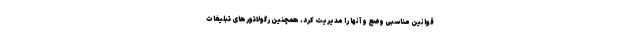
قوانین مناسبی وضع و آنها را مدیریت کرد. همچنین رگولاتورهای تبلیغات